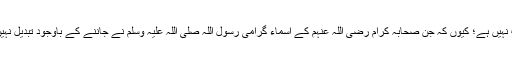
بہرحال صحابہ کرام رضی اللہ عنہم کے نام پر نام رکھتے ہوئے معنیٰ کو دیکھنے کی ضرورت نہیں ہے؛ کیوں کہ جن صحابہ کرام رضی اللہ عنہم کے اسماءِ گرامی رسول اللہ صلی اللہ علیہ وسلم نے جاننے کے باوجود تبدیل نہیں کیے ان کے معنیٰ کے جاننے کی ضرورت نہیں ہے، صحابہ کرام کی صرف نسبت کافی ہے۔